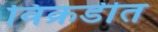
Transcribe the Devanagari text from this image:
विक्रडीत